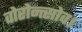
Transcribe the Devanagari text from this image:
वोरोन्त्सोव।